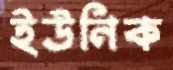
ইউনিক